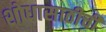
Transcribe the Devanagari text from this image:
शोधासाठीची